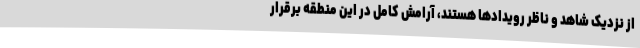
از نزدیک شاهد و ناظر رویدادها هستند، آرامش کامل در این منطقه برقرار